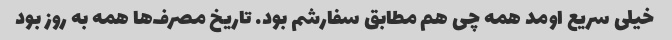
خیلی سریع اومد همه چی هم مطابق سفارشم بود. تاریخ مصرف‌ها همه به روز بود